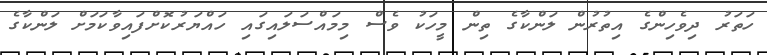
ހަތަރު ދިވެހިންގެ އިތުރުން ލަންކާގެ ތިން މީހަކު ވެސް މިމައްސަލައިގައި ހައްޔަރުކޮށްފައިވާކަމަށް ލަންކާގެ